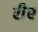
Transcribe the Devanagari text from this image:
रीए